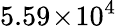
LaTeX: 5.59\! \times\! 10^{4}